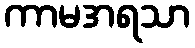
ကာမအရသာ